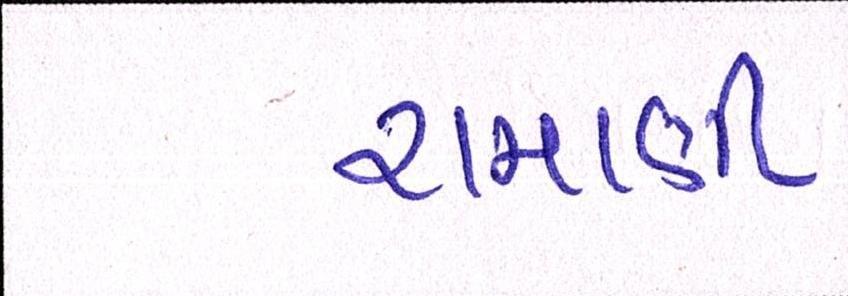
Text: રામાણી